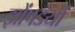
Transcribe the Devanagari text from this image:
झोंपडयों